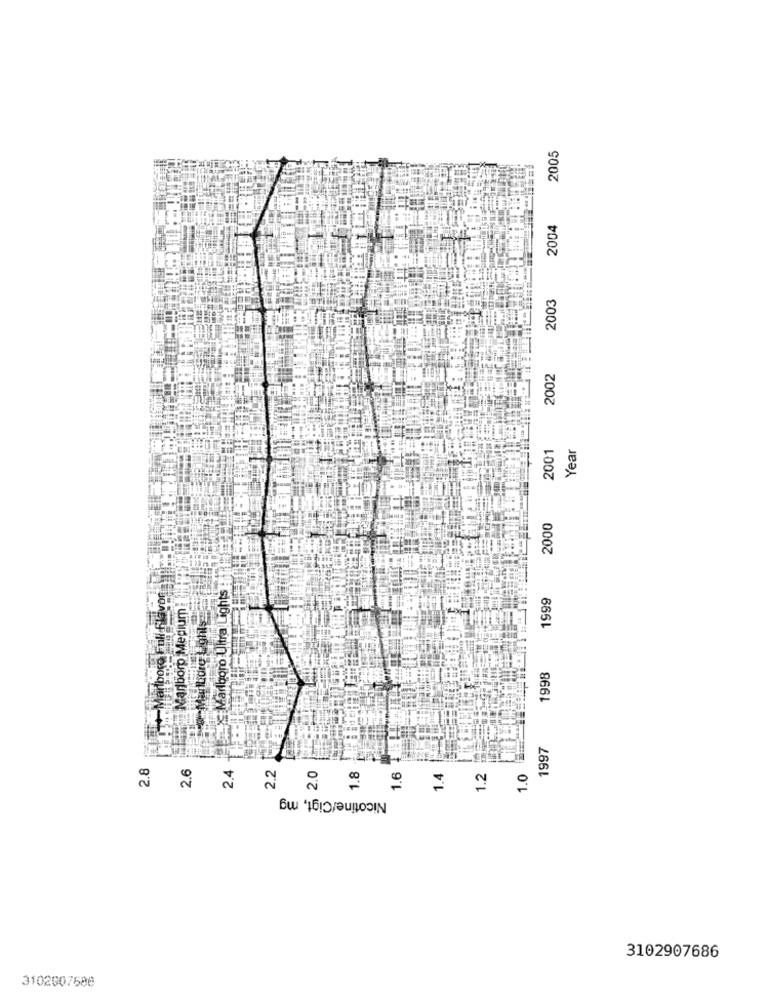
2005
2004
2003
2002
2001
Year
2000
Lights
boro Full flavor
1999
Marlboro Medium
Iboro U
1998
1997
2.8
2.6
2.4
2.2
2.0
1.8
1.6
1.4
1.2
1.0
Nicotine/Cigt, mg
3102907686
3102007586